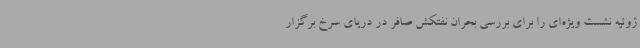
ژوئیه نشست ویژه‌ای را برای بررسی بحران نفتکش صافر در دریای سرخ برگزار